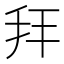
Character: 𢪙